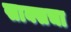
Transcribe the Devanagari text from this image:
साक्सचा